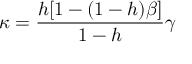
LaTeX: \kappa = { \frac { h [ 1 - ( 1 - h ) \beta ] } { 1 - h } } \gamma